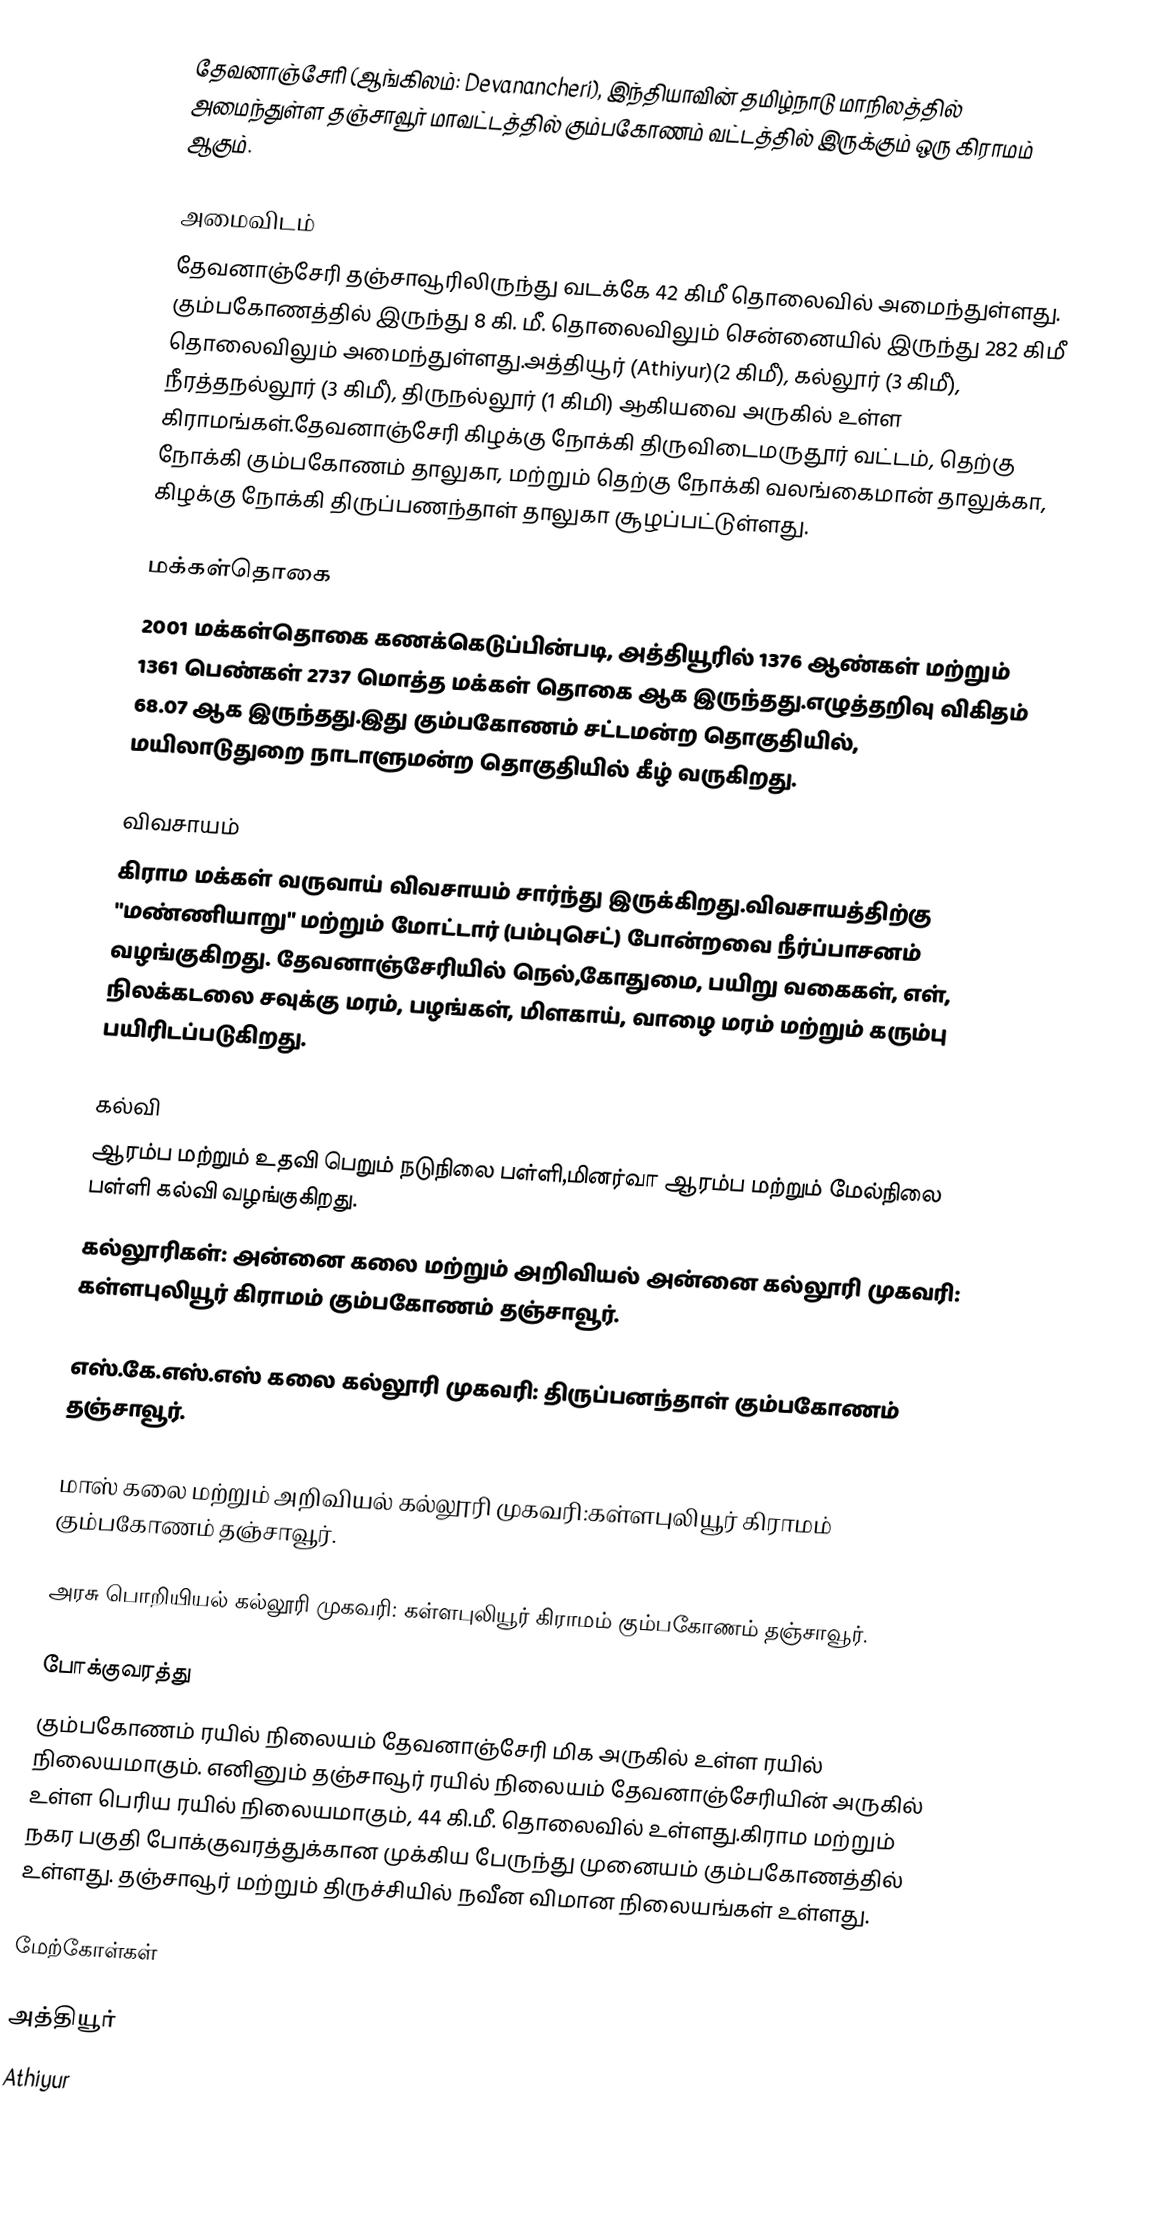
தேவனாஞ்சேரி  (ஆங்கிலம்: Devanancheri), இந்தியாவின் தமிழ்நாடு மாநிலத்தில் அமைந்துள்ள தஞ்சாவூர் மாவட்டத்தில்   கும்பகோணம் வட்டத்தில் இருக்கும்  ஒரு கிராமம் ஆகும்.

அமைவிடம்
தேவனாஞ்சேரி தஞ்சாவூரிலிருந்து வடக்கே 42 கிமீ தொலைவில் அமைந்துள்ளது. கும்பகோணத்தில் இருந்து 8 கி. மீ. தொலைவிலும் சென்னையில் இருந்து 282 கிமீ தொலைவிலும் அமைந்துள்ளது.அத்தியூர் (Athiyur)(2 கிமீ), கல்லூர் (3 கிமீ), நீரத்தநல்லூர் (3 கிமீ), திருநல்லூர் (1 கிமி) ஆகியவை அருகில் உள்ள கிராமங்கள்.தேவனாஞ்சேரி கிழக்கு நோக்கி திருவிடைமருதூர் வட்டம், தெற்கு நோக்கி கும்பகோணம் தாலுகா, மற்றும் தெற்கு நோக்கி வலங்கைமான் தாலுக்கா, கிழக்கு நோக்கி திருப்பணந்தாள் தாலுகா சூழப்பட்டுள்ளது.

மக்கள்தொகை
2001 மக்கள்தொகை கணக்கெடுப்பின்படி, அத்தியூரில் 1376 ஆண்கள் மற்றும் 1361 பெண்கள் 2737 மொத்த மக்கள் தொகை ஆக இருந்தது.எழுத்தறிவு விகிதம் 68.07 ஆக இருந்தது.இது கும்பகோணம் சட்டமன்ற தொகுதியில், மயிலாடுதுறை நாடாளுமன்ற தொகுதியில் கீழ் வருகிறது.

விவசாயம்
கிராம மக்கள் வருவாய் விவசாயம் சார்ந்து இருக்கிறது.விவசாயத்திற்கு "மண்ணியாறு" மற்றும் மோட்டார் (பம்புசெட்) போன்றவை நீர்ப்பாசனம் வழங்குகிறது. தேவனாஞ்சேரியில் நெல்,கோதுமை, பயிறு வகைகள், எள், நிலக்கடலை சவுக்கு மரம், பழங்கள், மிளகாய், வாழை மரம் மற்றும் கரும்பு பயிரிடப்படுகிறது.

கல்வி
ஆரம்ப மற்றும் உதவி பெறும் நடுநிலை பள்ளி,மினர்வா ஆரம்ப மற்றும் மேல்நிலை பள்ளி கல்வி வழங்குகிறது.
கல்லூரிகள்: அன்னை கலை மற்றும் அறிவியல் அன்னை கல்லூரி முகவரி: கள்ளபுலியூர் கிராமம் கும்பகோணம் தஞ்சாவூர்.

எஸ்.கே.எஸ்.எஸ் கலை கல்லூரி முகவரி: திருப்பனந்தாள் கும்பகோணம் தஞ்சாவூர்.

மாஸ் கலை மற்றும் அறிவியல் கல்லூரி முகவரி:கள்ளபுலியூர் கிராமம் கும்பகோணம் தஞ்சாவூர்.

அரசு பொறியியல் கல்லூரி முகவரி: கள்ளபுலியூர் கிராமம் கும்பகோணம் தஞ்சாவூர்.

போக்குவரத்து
கும்பகோணம் ரயில் நிலையம் தேவனாஞ்சேரி மிக அருகில் உள்ள ரயில் நிலையமாகும். எனினும் தஞ்சாவூர் ரயில் நிலையம் தேவனாஞ்சேரியின் அருகில் உள்ள பெரிய ரயில் நிலையமாகும், 44 கி.மீ. தொலைவில் உள்ளது.கிராம மற்றும் நகர பகுதி போக்குவரத்துக்கான முக்கிய பேருந்து முனையம் கும்பகோணத்தில் உள்ளது. தஞ்சாவூர் மற்றும் திருச்சியில் நவீன விமான நிலையங்கள் உள்ளது.

மேற்கோள்கள்

அத்தியூர்
Athiyur